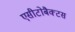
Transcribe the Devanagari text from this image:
एसीटोबैक्टस